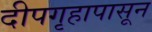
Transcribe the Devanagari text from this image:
दीपगृहापासून